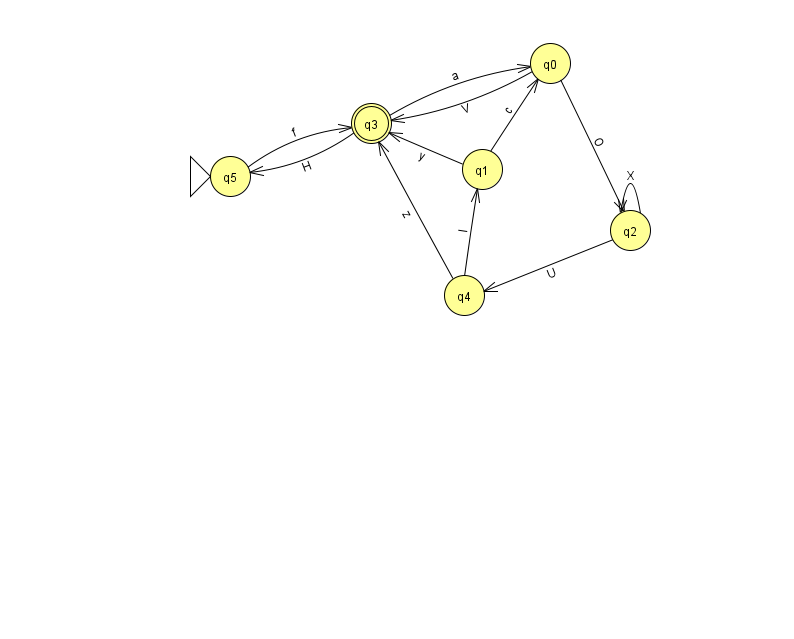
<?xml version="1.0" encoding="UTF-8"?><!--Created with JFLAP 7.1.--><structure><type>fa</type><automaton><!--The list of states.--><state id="0" name="q0"><x>550.0</x><y>50.0</y></state><state id="1" name="q1"><x>482.0</x><y>156.0</y></state><state id="2" name="q2"><x>630.0</x><y>217.0</y></state><state id="3" name="q3"><x>371.0</x><y>110.0</y><final/></state><state id="4" name="q4"><x>464.0</x><y>282.0</y></state><state id="5" name="q5"><x>230.0</x><y>163.0</y><initial/></state><!--The list of transitions.--><transition><from>1</from><to>0</to><read>c</read></transition><transition><from>2</from><to>4</to><read>U</read></transition><transition><from>3</from><to>5</to><read>H</read></transition><transition><from>4</from><to>3</to><read>z</read></transition><transition><from>1</from><to>3</to><read>y</read></transition><transition><from>2</from><to>2</to><read>X</read></transition><transition><from>4</from><to>1</to><read>I</read></transition><transition><from>0</from><to>2</to><read>O</read></transition><transition><from>0</from><to>3</to><read>V</read></transition><transition><from>3</from><to>0</to><read>a</read></transition><transition><from>5</from><to>3</to><read>f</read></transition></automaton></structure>